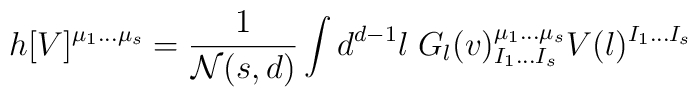
h[V]^{\mu_1\ldots\mu_s}={1\over {\cal N}(s,d)}\int d^{d-1}l\; G_{l}(v)_{I_1\ldots I_s}^{\mu_1\ldots\mu_s}V(l)^{I_1\ldots I_s}